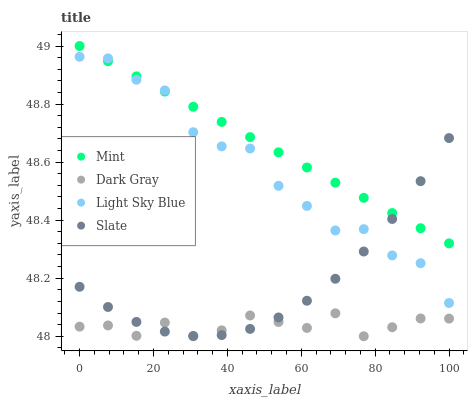
| xaxis_label | Mint | Dark Gray | Light Sky Blue | Slate |
 | --- | --- | --- | --- | --- |
 | 0 | 49 | 48 | 49 | 48.2 |
 | 7.69 | 48.9 | 48 | 49 | 48.1 |
 | 15.4 | 48.9 | 48 | 48.9 | 48 |
 | 23.1 | 48.8 | 48 | 48.8 | 48 |
 | 30.8 | 48.8 | 48 | 48.7 | 48 |
 | 38.5 | 48.7 | 48 | 48.7 | 48 |
 | 46.2 | 48.7 | 48.1 | 48.6 | 48 |
 | 53.8 | 48.6 | 48 | 48.5 | 48.1 |
 | 61.5 | 48.6 | 48 | 48.4 | 48.1 |
 | 69.2 | 48.5 | 48.1 | 48.4 | 48.2 |
 | 76.9 | 48.5 | 48 | 48.4 | 48.3 |
 | 84.6 | 48.4 | 48 | 48.3 | 48.4 |
 | 92.3 | 48.4 | 48.1 | 48.3 | 48.5 |
 | 100 | 48.3 | 48.1 | 48.1 | 48.7 |